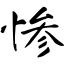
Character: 惨